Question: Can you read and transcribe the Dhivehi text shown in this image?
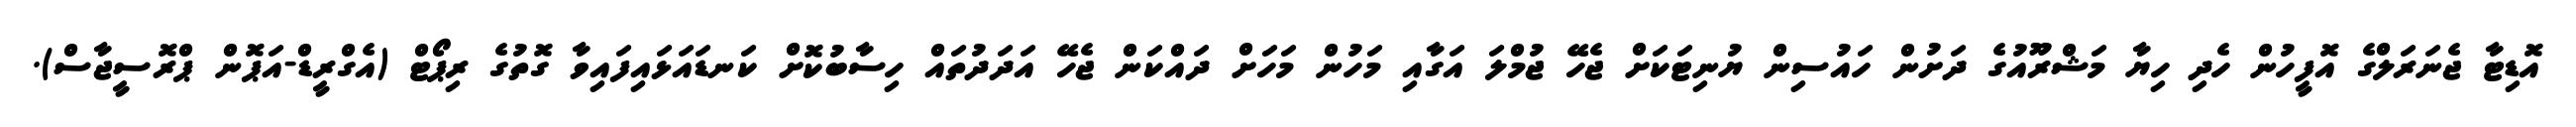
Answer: އޮޑިޓާ ޖެނަރަލްގެ އޮފީހުން ހެދި ހިޔާ މަޝްރޫއުގެ ދަށުން ހައުސިން ޔުނިޓަކަށް ޖެހޭ ޖުމްލަ އަގާއި މަހުން މަހަށް ދައްކަން ޖެހޭ އަދަދުތައް ހިސާބުކޮށް ކަނޑައަޅައިފައިވާ ގޮތުގެ ރިޕޯޓް (އެގްރީޑް-އަޕޮން ޕްރޮސީޖާސް).